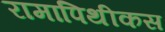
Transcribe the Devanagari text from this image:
रामापिथीकस